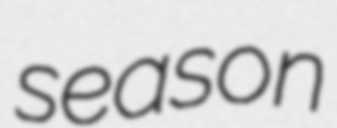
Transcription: season